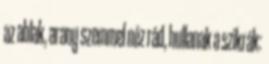
az ablak, arany szemmel néz rád, hullanak a szikrák: